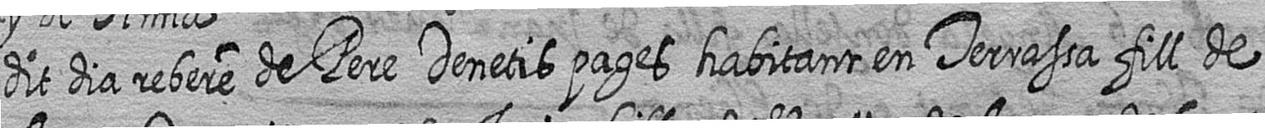
dit dia rebere de Pere Denetis pages habitant en Terrassa fill de